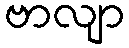
ဗာလျာ